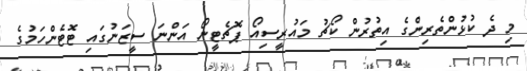
މި ދެ ކުޅުންތެރިންގެ އިތުރުން ކޯޗު މައުރީސިއޯ ޕޮޗެޓީނޯ އަންނަ ސީޒަނުގައި ޓޮޓެންހަމުގެ